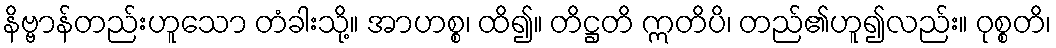
နိဗ္ဗာန်တည်းဟူသော တံခါးသို့။ အာဟစ္စ၊ ထိ၍။ တိဋ္ဌတိ ဣတိပိ၊ တည်၏ဟူ၍လည်း။ ဝုစ္စတိ၊